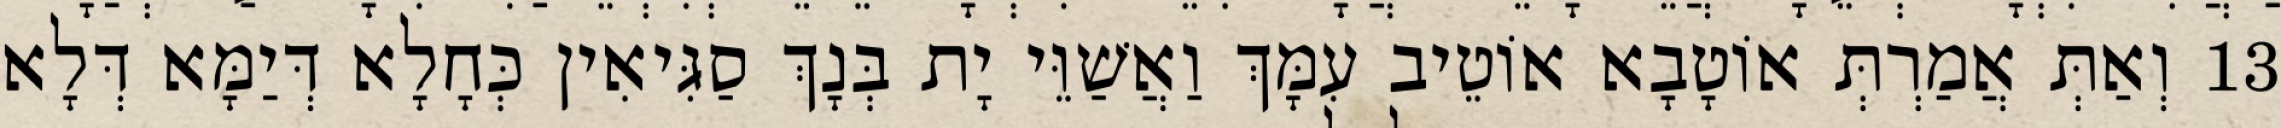
13 וְאַתְּ אֲמַרְתְּ אוֹטָבָא אוֹטֵיב עִמָּךְ וַאֲשַׁוֵּי יָת בְּנָךְ סַגִּיאִין כְּחָלָא דְּיַמָּא דְּלָא